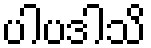
ပါပဒါသိ